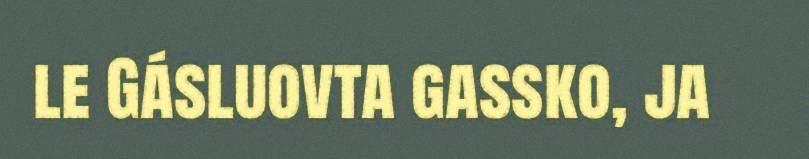
le Gásluovta gassko, ja